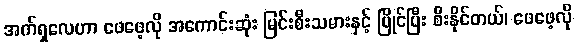
အက်ရှလေဟာ ဖေဖေ့လို အကောင်းဆုံး မြင်းစီးသမားနှင့် ပြိုင်ပြီး စီးနိုင်တယ်၊ ဖေဖေ့လို